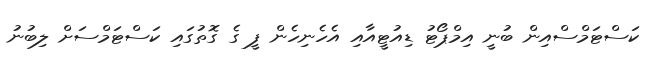
ކަސްޓަމްސްއިން ބުނީ އިމްޕޯޓު ޑިއުޓީއާއި އެހެނިހެން ފީ ގެ ގޮތުގައި ކަސްޓަމްސަށް ލިބުނު